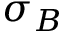
\sigma _ { B }